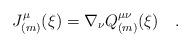
LaTeX: \begin{align*}J_{(m)}^\mu(\xi)=\nabla_\nu Q_{(m)}^{\mu\nu}(\xi)~~~.\end{align*}